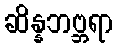
ဆိန္နဘဗ္ဘရာ